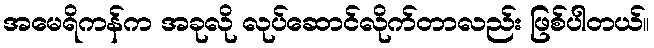
အမေရိကန်က အခုလို လုပ်ဆောင်လိုက်တာလည်း ဖြစ်ပါတယ်။